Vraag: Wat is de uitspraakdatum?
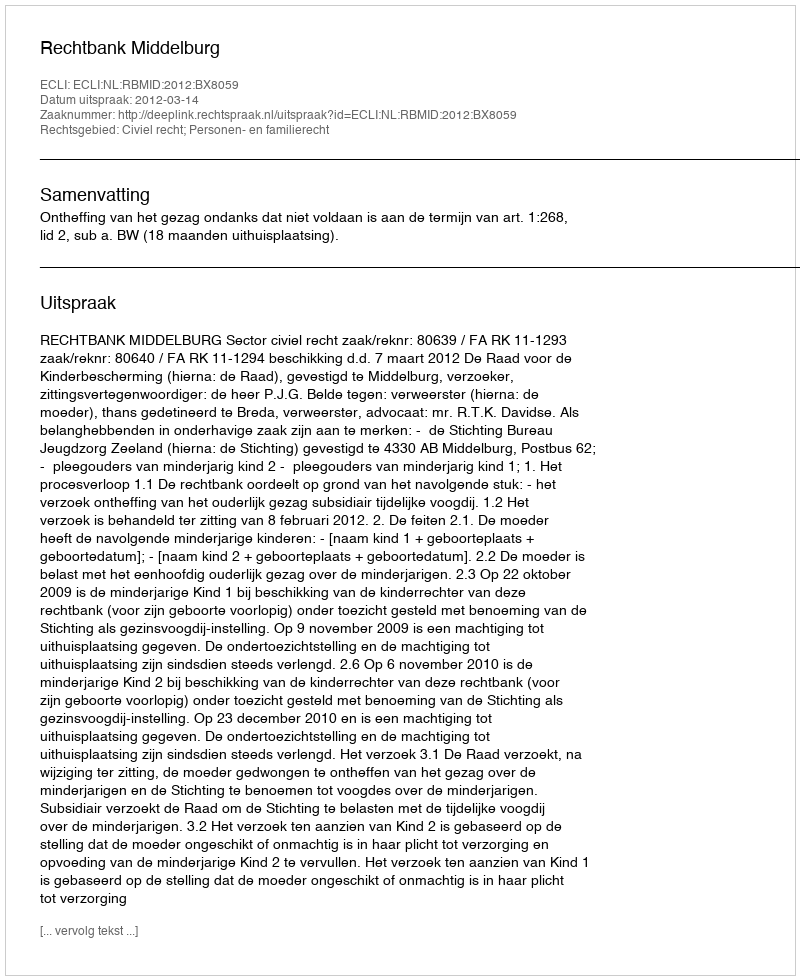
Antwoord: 2012-03-14